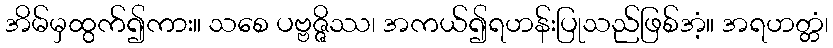
အိမ်မှထွက်၍ကား။ သစေ ပဗ္ဗဇ္ဇိဿ၊ အကယ်၍ရဟန်းပြုသည်ဖြစ်အံ့။ အရဟတ္တံ၊